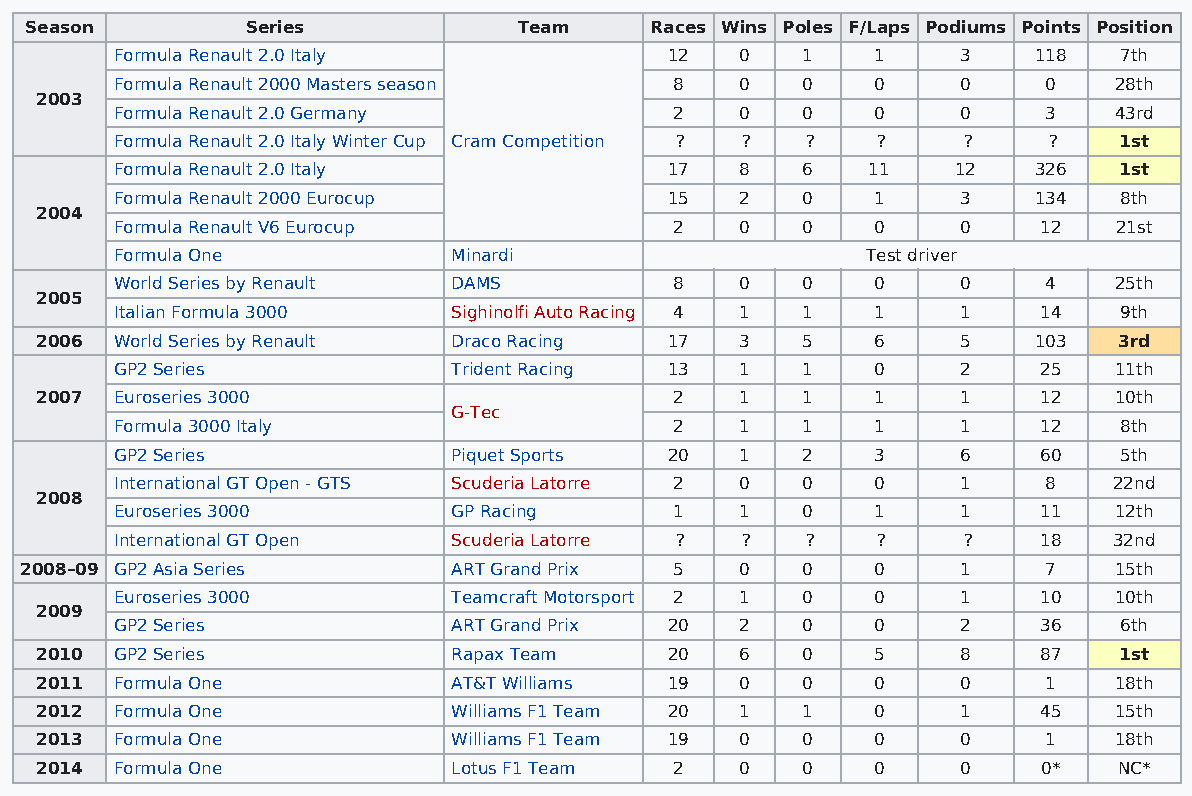
Season        Series            Team     Races Wins Poles F/Laps Podiums Points Position
 Formula Renault 2.0 Italy           12   0   1    1     3   118   7th
 Formula Renault 2000 Masters season  8   0   0    0     0    0    28th
 2003
 Formula Renault 2.0 Germany          2   0   0    0     0    3    43rd
 Formula Renault 2.0 Italy Winter Cup Cram Competition ? ? ? ? ? ? 1st
 Formula Renault 2.0 Italy           17   8   6   11    12   326   1st
 Formula Renault 2000 Eurocup        15   2   0    1     3   134   8th
 2004
 Formula Renault V6 Eurocup           2   0   0    0     0    12   21st
 Formula One           Minardi                    Test driver
 World Series by Renault DAMS         8   0   0    0     0    4    25th
 2005
 Italian Formula 3000  Sighinolfi Auto Racing 4 1 1 1    1    14   9th
 2006  World Series by Renault Draco Racing 17  3   5    6     5   103   3rd
 GP2 Series            Trident Racing 13  1   1    0     2    25   11th
 2007  Euroseries 3000                      2   1   1    1     1    12   10th
 G-Tec
 Formula 3000 Italy                   2   1   1    1     1    12   8th
 GP2 Series            Piquet Sports 20   1   2    3     6    60   5th
 International GT Open - GTS Scuderia Latorre 2 0 0 0    1    8    22nd
 2008
 Euroseries 3000       GP Racing      1   1   0    1     1    11   12th
 International GT Open Scuderia Latorre ? ?   ?    ?     ?    18   32nd
 2008–09 GP2 Asia Series      ART Grand Prix 5   0   0    0     1    7    15th
 Euroseries 3000       Teamcraft Motorsport 2 1 0  0     1    10   10th
 2009
 GP2 Series            ART Grand Prix 20  2   0    0     2    36   6th
 2010  GP2 Series            Rapax Team    20   6   0    5     8    87   1st
 2011  Formula One           AT&T Williams 19   0   0    0     0    1    18th
 2012  Formula One           Williams F1 Team 20 1  1    0     1    45   15th
 2013  Formula One           Williams F1 Team 19 0  0    0     0    1    18th
 2014  Formula One           Lotus F1 Team  2   0   0    0     0    0*   NC*